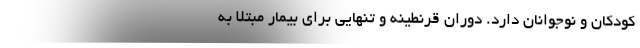
کودکان و نوجوانان دارد. دوران قرنطینه و تنهایی برای بیمار مبتلا به